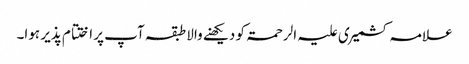
علامہ کشمیری علیہ الرحمۃ کو دیکھنے والا طبقہ آپ پر اختتام پذیر ہوا۔